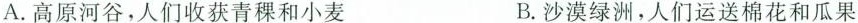
A.高原河谷，人们收获青稞和小麦 B.沙漠绿洲，人们运送棉花和瓜果